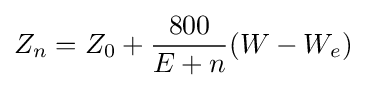
Z_{n}=Z_{0}+{\frac {800}{E+n}}(W-W_{e})